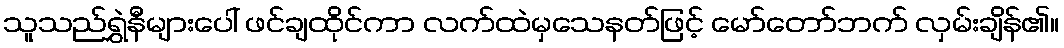
သူသည်ရွှဲနီများပေါ် ဖင်ချထိုင်ကာ လက်ထဲမှသေနတ်ဖြင့် မော်တော်ဘက် လှမ်းချိန်၏။